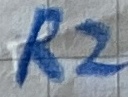
Text: R2